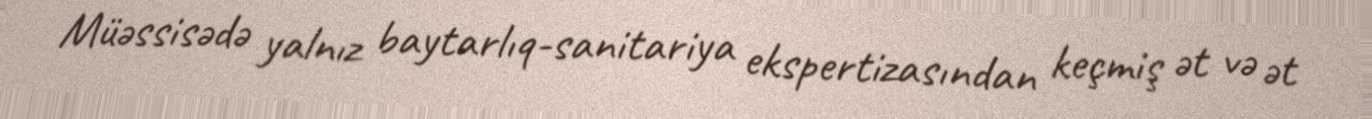
Müəssisədə yalnız baytarlıq-sanitariya ekspertizasından keçmiş ət və ət